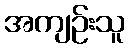
အကျဉ်းသူ